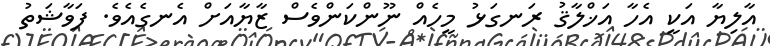
އާލިޔާ އަކީ އެހާ އަޚްލާޤު ރަނގަޅު މީހެއް ނޫންކަންވެސް ޒާޔާއަށް އެނގެއެވެ. ފަވާޝަތު